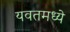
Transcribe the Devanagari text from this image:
यवतमध्ये